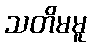
သတိမမူ